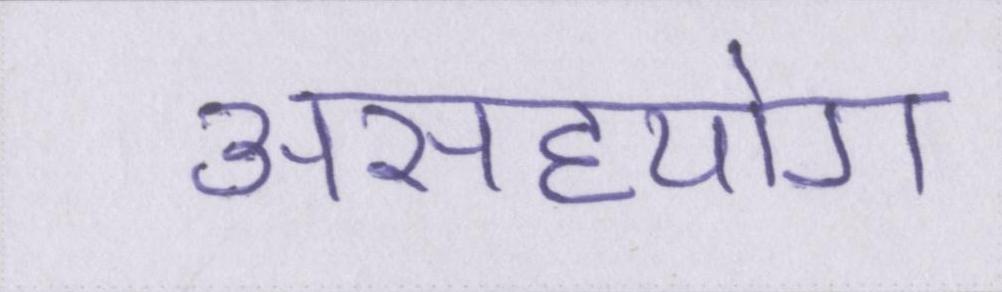
असहयोग